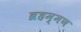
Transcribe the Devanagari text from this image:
ब्रहम्मण